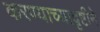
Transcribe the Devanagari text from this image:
करण्याच्यादृष्टीने